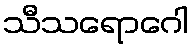
သီသရောဂေါ